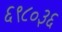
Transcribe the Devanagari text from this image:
६९८०३६